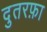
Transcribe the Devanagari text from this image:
दुतरफ़ा